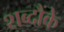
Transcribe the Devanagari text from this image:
शब्दौंके